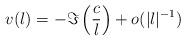
LaTeX: \begin{align*}v(\l)=-\Im\left(\frac{c}{\l}\right)+o(|\l|^{-1})\end{align*}